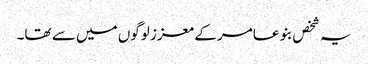
یہ شخص بنو عامر کے معزز لوگوں میں سے تھا۔